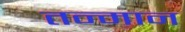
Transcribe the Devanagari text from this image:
तन्मान